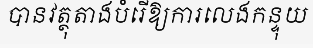
បានវត្ថុតាងបំរើឱ្យការលេងកន្ទុយ